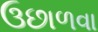
ઉછાળવા